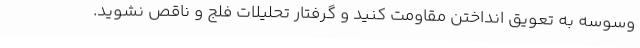
وسوسه به تعویق انداختن مقاومت کنید و گرفتار تحلیلات فلج و ناقص نشوید.